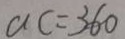
a c = 3 6 0